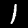
Label: 1